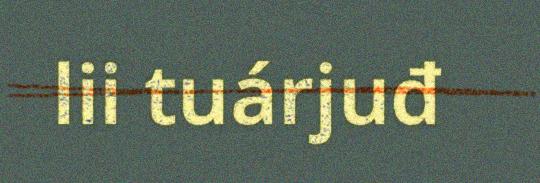
lii tuárjuđ